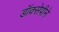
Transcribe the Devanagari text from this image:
डॉक्सेपीने